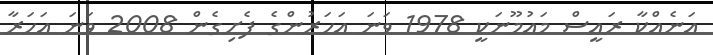
އަނެއްކާ ރައީސް މައުމޫނަކީ 1978 ވަނަ އަހަރުންގެ ފެށިގެން 2008 ވަނަ އަހަރާ